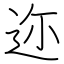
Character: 迩